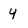
Character: 4